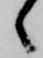
々